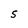
Character: 5